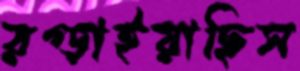
রগ্‌ড়াইয়াছিস